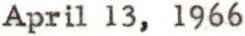
April 13, 1966